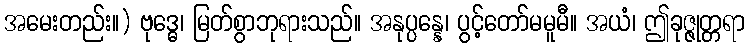
အမေးတည်း။) ဗုဒ္ဓေ၊ မြတ်စွာဘုရားသည်။ အနုပ္ပန္နေ၊ ပွင့်တော်မမူမီ။ အယံ၊ ဤခုဇ္ဇုတ္တရာ